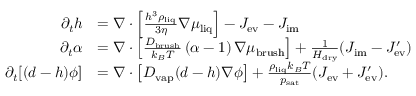
\begin{array} { r l } { \partial _ { t } h } & { = \nabla \cdot \left[ \frac { h ^ { 3 } \rho _ { \mathrm { l i q } } } { 3 \eta } \nabla \mu _ { \mathrm { l i q } } \right] - J _ { \mathrm { e v } } - J _ { \mathrm { i m } } } \\ { \partial _ { t } \alpha } & { = \nabla \cdot \left[ \frac { D _ { \mathrm { b r u s h } } } { k _ { B } T } \, ( \alpha - 1 ) \, \nabla \mu _ { \mathrm { b r u s h } } \right] + \frac { 1 } { H _ { \mathrm { d r y } } } ( J _ { \mathrm { i m } } - J _ { \mathrm { e v } } ^ { \prime } ) } \\ { \partial _ { t } [ ( d - h ) \phi ] } & { = \nabla \cdot \left[ D _ { \mathrm { v a p } } ( d - h ) \nabla \phi \right] + \frac { \rho _ { \mathrm { l i q } } k _ { B } T } { p _ { \mathrm { s a t } } } ( J _ { \mathrm { e v } } + J _ { \mathrm { e v } } ^ { \prime } ) . } \end{array}